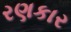
રણકાર